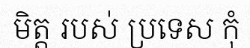
មិត្ត របស់ ប្រទេស កុំ